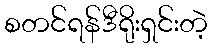
စတင်ရန်ဒီရိုးရှင်းတဲ့